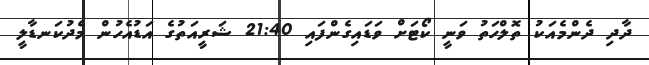
ދާދި ދެންމެއަކު ތޮލްހަތު ވަނީ ކޯޓަށް ވަޑައިގެންފައި 21:40 ޝަރީއަތުގެ އަޑުއެހުން މެދުކަނޑާލީ